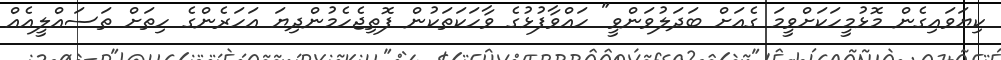
ކިޔަވައިގެން މޮޅުމީހަކަށްވީމަ ގެއަށް ބަދަލުވަންވީ" ހައްވާފުޅުގެ ވާހަކަތަކުން ފޮތިޖެހެމުންދިޔަ އަހަރެންގެ ހިތަށް ތަސައްލީއެއް